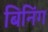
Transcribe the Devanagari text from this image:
बिनिंग